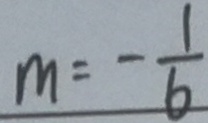
m = - \frac { 1 } { 6 }